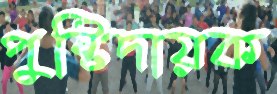
পুষ্টিদায়ক